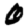
Digit: 0